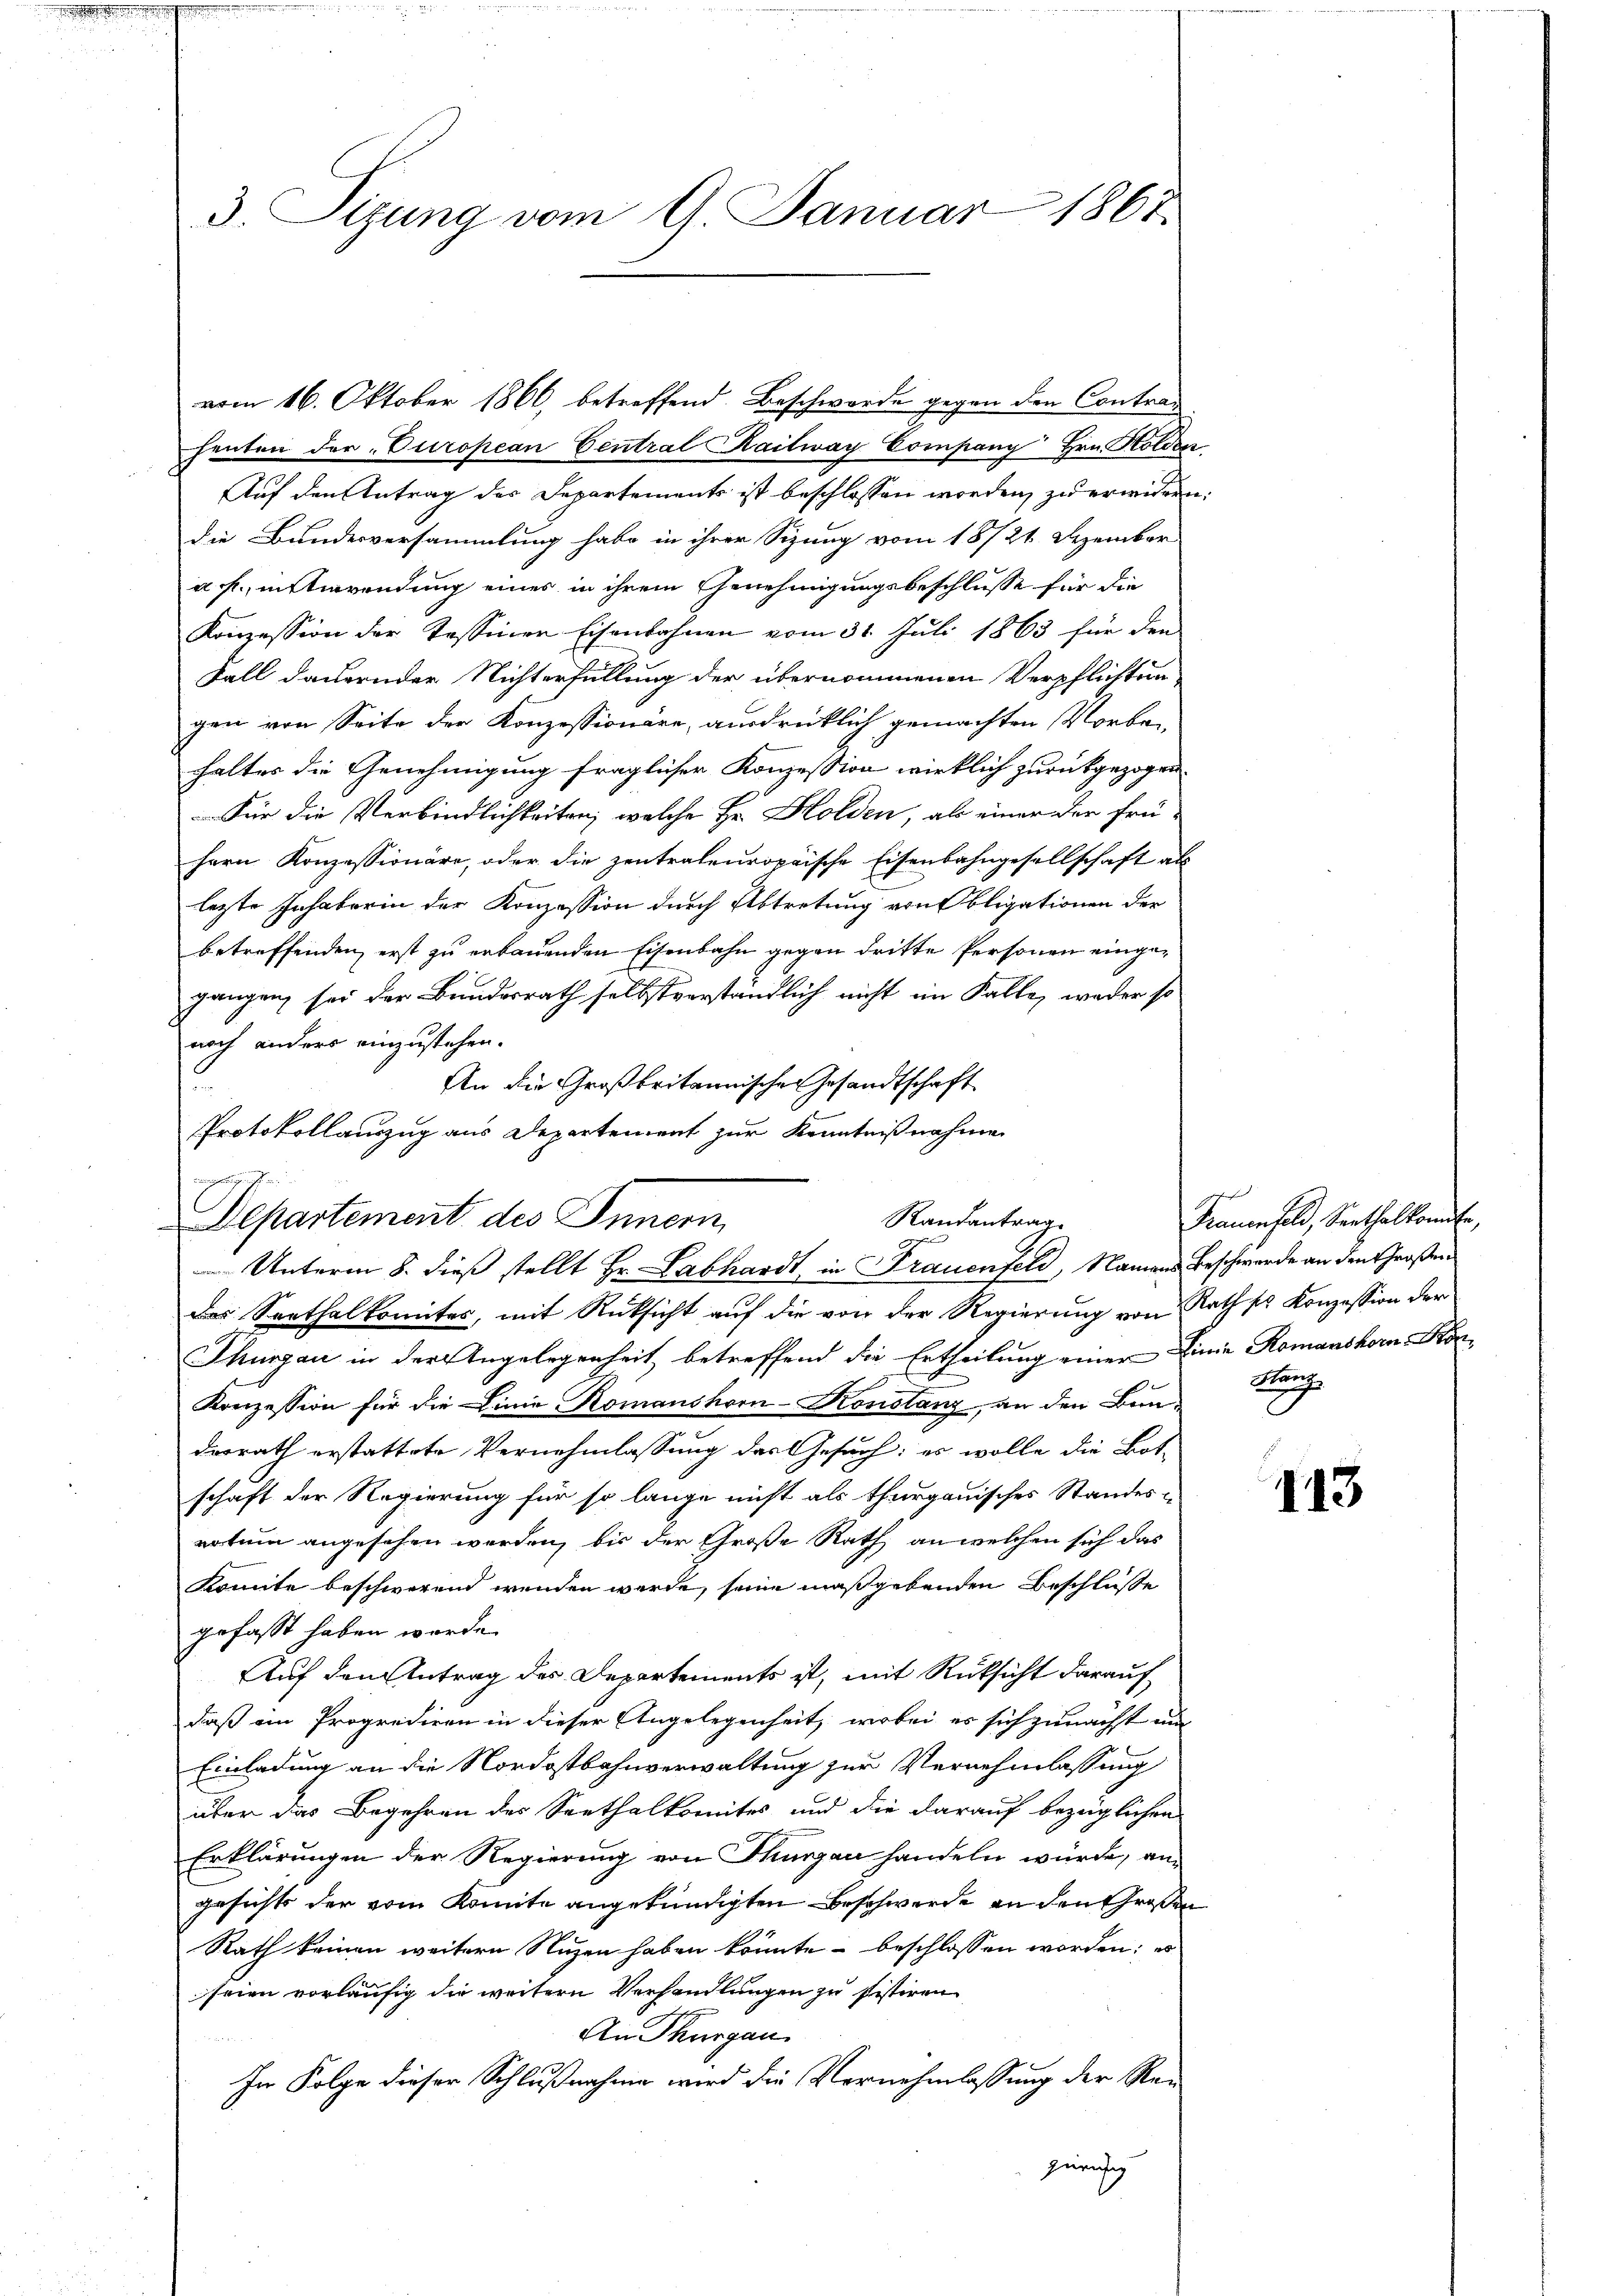
2

3. Sitzung vom 9. Januar 1867.

vom 16. Oktober 1866, betreffend Beschwerde gegen den Contrac
henten der European Central Railway Company Hrn. Holden
Auf den Antrag des Departements ist beschlossen worden, zu erwidern
die Bundesversammlung habe in ihrer Sizung vom 18/21. Dezember
a. f., entirendung eines in ihrem Genehmigungsbeschlusse für die
Konzession der Tessiner Eisenbahnen vom 31. Juli 1863 für den
Fall dauernder Nichterfüllung der übernommenen Verpflichtungen von Seite der Konzessionäre, ausdrücklich gemachten Vorbe-
haltes die Genehmigung fraglicher Konzession wirklich zurückgezogen.
Für die Verbindlichkeiten, welche Hr. Holden, als einer der frü¬
Hern Konzessionäre, oder die zentraleuropaische Eisenbahngesellschaft als
lezte Inhaberin der Konzession durch Abtretung von Obligationen der
betreffenden, erst zu erbauenden Eisenbahn gegen dritte Personen eingegangen, sei der Bundesrath selbstverständlich nicht im Falle, weder so
noch anders einzustehen.
An die Großbritannischen Gesandtschaft
Protokollauszug aus Departement zur Kenntnißnahme
Departement des Innern,
des Seethalkomites, mit Rücksicht aŭf die von der Regierŭng von Rath sr. Konzession der
Thurgau in der Angelegenheit betreffend die Ertheilung einer Einie Romanshorn, Kon¬
Konzession für die Linie Komanshorn-Konstanz, an den Bun-
desrath erstattete Vernehmlassung des Gesuch: es wolle die Bot-
schaft der Regierung für so lange nicht als thurgauisches Standes-
ertum angesehen werden, bis der Große Rath an welchen sich das
Komite beschwerend wenden werde, seine maßgebenden Beschlüße
gefasst haben wurde.
Auf den Antrag des Departements ist, mit Rücksicht darauf
daß ein Progrediren in dieser Angelegenheit, wobei es sich zunächst un
Einladung an die Nordostbahnverwaltung zur Vernehmlassung
über das Begehren des Seethalkomites und die darauf bezüglichen
Erklärungen der Regierung von Thurgau handeln würde, an
gesicht der vom Komite angekündigten Beschwerde an den Großen
Rath keinen weitern Nuzen haben könnte beschlossen worden; es
seien vorläufig die weitern Verhandlungen zu sistiren
An Thurgau
In Folge dieser Schlußnahme wird die Vornehmlassung der Rezürichig

Randantrag
Unterm 8. dieß stellt Hr. Labhardt in Frauenfeld, Namens Beschwerde an den Großen

Trauenfeld, Senthalkomme,
Buch

113